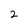
Character: 2